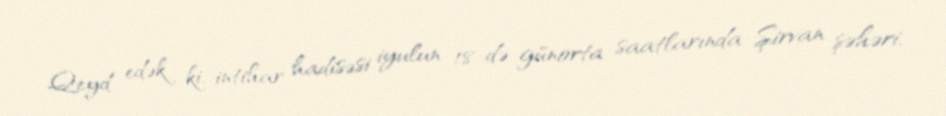
Qeyd edək ki, intihar hadisəsi iyulun 18-də günorta saatlarında Şirvan şəhəri,